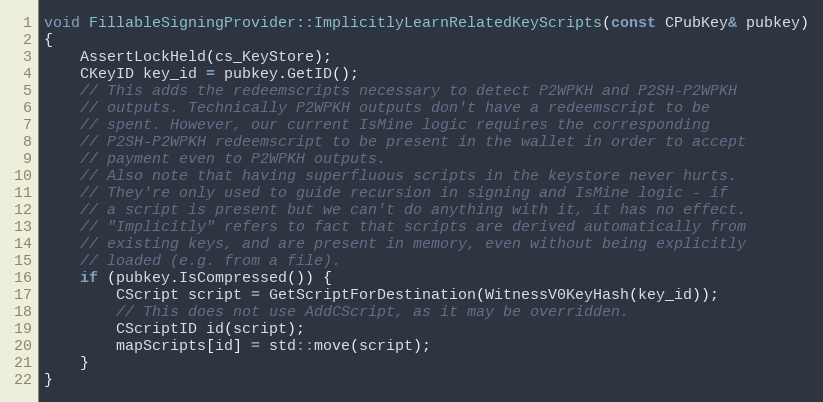
Language: C++
void FillableSigningProvider::ImplicitlyLearnRelatedKeyScripts(const CPubKey& pubkey)
{
    AssertLockHeld(cs_KeyStore);
    CKeyID key_id = pubkey.GetID();
    // This adds the redeemscripts necessary to detect P2WPKH and P2SH-P2WPKH
    // outputs. Technically P2WPKH outputs don't have a redeemscript to be
    // spent. However, our current IsMine logic requires the corresponding
    // P2SH-P2WPKH redeemscript to be present in the wallet in order to accept
    // payment even to P2WPKH outputs.
    // Also note that having superfluous scripts in the keystore never hurts.
    // They're only used to guide recursion in signing and IsMine logic - if
    // a script is present but we can't do anything with it, it has no effect.
    // "Implicitly" refers to fact that scripts are derived automatically from
    // existing keys, and are present in memory, even without being explicitly
    // loaded (e.g. from a file).
    if (pubkey.IsCompressed()) {
        CScript script = GetScriptForDestination(WitnessV0KeyHash(key_id));
        // This does not use AddCScript, as it may be overridden.
        CScriptID id(script);
        mapScripts[id] = std::move(script);
    }
}